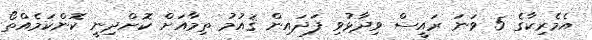
އެމެރިކާގެ 5 ވަނަ ރައީސް ވިދާޅުވި ފަދައިން ޤައުމު ތިމާއަށް ކޮށްދިނީ ކޮންކަމެއްތޯ